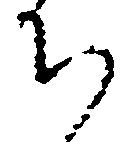
ち